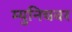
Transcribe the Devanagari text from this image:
म्युनिचवर